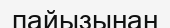
пайызынан